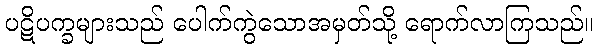
ပဋိပက္ခများသည် ပေါက်ကွဲသောအမှတ်သို့ ရောက်လာကြသည်။